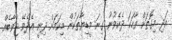
އަދި މިގޮތަށް ވާހަކަ ދެކެވުނު ގިނަ މީޑިޔާތަކުން މިކަމަށް ދިނީ އެދެވޭ ޖަވާބެއް